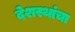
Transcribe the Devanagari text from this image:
देशस्थांचा